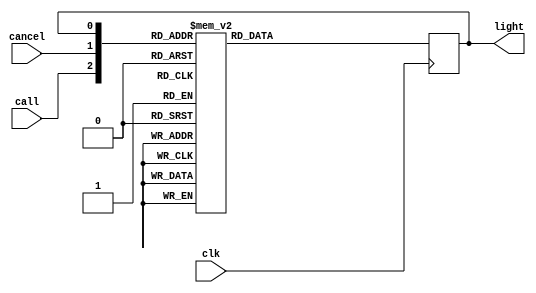
`timescale 1ns / 1ps
//////////////////////////////////////////////////////////////////////////////////
// Company: 
// Engineer: 
// 
// Design Name: 
// Module Name: flight_attendant_call_system
// Project Name: 
// Target Devices: 
// Tool Versions: 
// Description: 
// 
// Dependencies: 
// 
// Revision:
// Revision 0.01 - File Created
// Additional Comments:
// 
//////////////////////////////////////////////////////////////////////////////////


module flight_attendant_call_system(
    input wire clk,
    input wire call,
    input wire cancel,
    output reg light
    );
    
reg next_state;

always @(*) begin
    case ({call, cancel, light})
    3'b000: next_state = 1'b0;
    3'b001: next_state = 1'b1;
    3'b010: next_state = 1'b0;
    3'b011: next_state = 1'b0;
    3'b100: next_state = 1'b1;
    3'b101: next_state = 1'b1;
    3'b110: next_state = 1'b1;
    3'b111: next_state = 1'b1;
    default: next_state = 1'b0;
    endcase
end

always @(posedge clk) begin
    light <= next_state;
end
    
endmodule